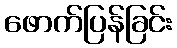
ဖောက်ပြန်ခြင်း